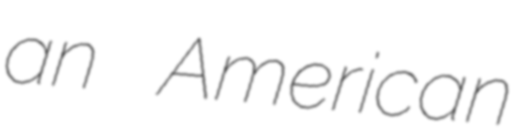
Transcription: an American